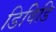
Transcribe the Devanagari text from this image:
डिविडि